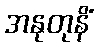
အနုတုနိံ